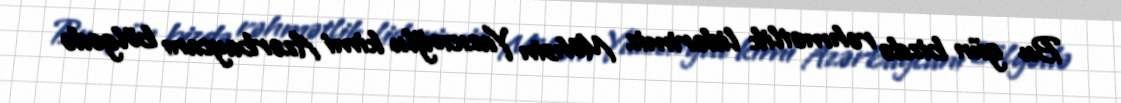
Bu gün bizdə rəhmətlik liderimiz Möhsin Yazıcıoğlu kimi Azərbaycanı bölgədə